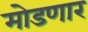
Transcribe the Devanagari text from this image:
मोडणार